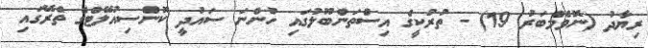
ރިޔާދު (ނޮވެމްބަރު 19) - ތުރުކީގެ އިސްތަންބޫލުގައި ހުންނަ ސައުދީ ކޮންސިއުލޭޓްގެ ތެރޭގައި